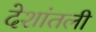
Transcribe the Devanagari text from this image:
देशांतली